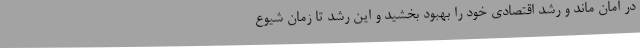
در امان ماند و رشد اقتصادی خود را بهبود بخشید و این رشد تا زمان شیوع